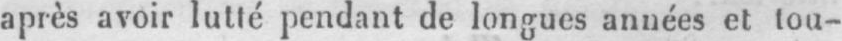
après avoir lutté pendant de longues années et tou-